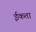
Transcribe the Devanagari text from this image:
ईकता